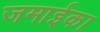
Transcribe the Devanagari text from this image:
जमाईका